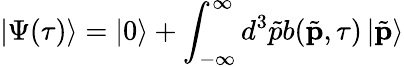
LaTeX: \left|\Psi(\tau)\right\rangle=\left|0\right\rangle+\int_{-\infty}^{\infty}d^{3}\tilde{p}b(\tilde{\mathbf{p}},\tau)\left|\tilde{\mathbf{p}}\right\rangle